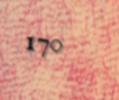
170